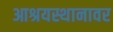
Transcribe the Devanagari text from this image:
आश्रयस्थानावर